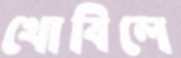
থোবিলে